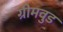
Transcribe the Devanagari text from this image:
ग्रीमवुड